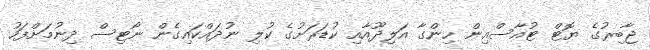
ޖާބިރުގެ ޔޮޓް ޓުއާސްއިން ހިންގާ އަލިދޫއާއި ކުޑަރަށުގެ ކުލި ނުދައްކައިގެން ނޯޓިސް ދިނުމަށްފަހު